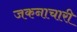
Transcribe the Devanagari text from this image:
जकनाचारी